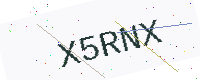
Text: X5RNX